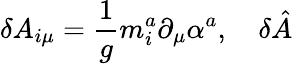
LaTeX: \delta A_{i\mu}=\frac 1gm_{i}^{a}\partial_{\mu}\alpha^{a},\quad\delta\hat{A}